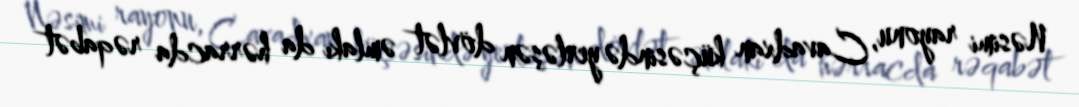
Nəsimi rayonu, Cavadxan küçəsində yerləşən dövlət əmlakı da hərracda rəqabət